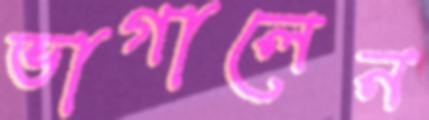
ভাগালেন